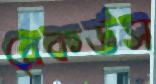
রেকর্ডস